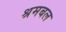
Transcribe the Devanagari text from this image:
श्रमबल